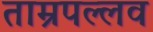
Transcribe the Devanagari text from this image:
ताम्रपल्लव